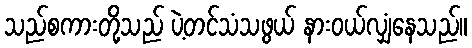
သည်စကားတို့သည် ပဲ့တင်သံသဖွယ် နားဝယ်လျှံနေသည်။